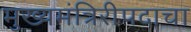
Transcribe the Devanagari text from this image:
मुख्यमंत्रिरीपदाचा